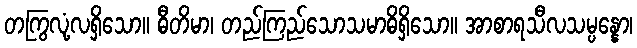
တကြွလုံ့လရှိသော။ ဓီတိမာ၊ တည်ကြည်သောသမာဓိရှိသော။ အာစာရသီလသမ္ပန္နော၊